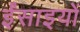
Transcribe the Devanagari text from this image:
ईंसाइयों